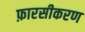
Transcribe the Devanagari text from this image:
फ़ारसीकरण